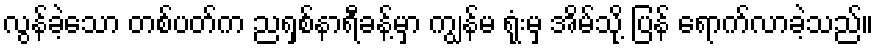
လွန်ခဲ့သော တစ်ပတ်က ညရှစ်နာရီခန့်မှာ ကျွန်မ ရုံးမှ အိမ်သို့ ပြန် ရောက်လာခဲ့သည်။